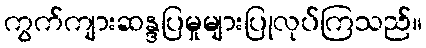
ကွက်ကျားဆန္ဒပြမှုများပြုလုပ်ကြသည်။